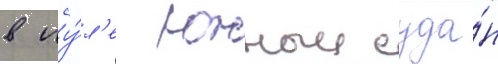
в иу́л'е южныи суда́н